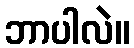
ဘာပါလဲ။